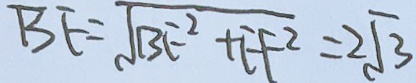
B E = \sqrt { B F ^ { 2 } + F F ^ { 2 } } = 2 \sqrt { 3 }